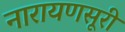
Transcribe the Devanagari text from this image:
नारायणसूरी